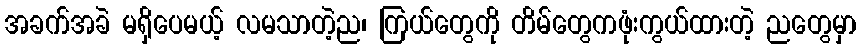
အခက်အခဲ မရှိပေမယ့် လမသာတဲ့ည၊ ကြယ်တွေကို တိမ်တွေကဖုံးကွယ်ထားတဲ့ ညတွေမှာ